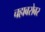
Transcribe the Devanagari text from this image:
चहाबरोबर